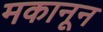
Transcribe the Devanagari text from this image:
मकानून